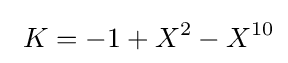
\ K=-1+X^{2}-X^{10}